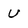
Character: u